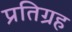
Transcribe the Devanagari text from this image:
प्रतिग्रह